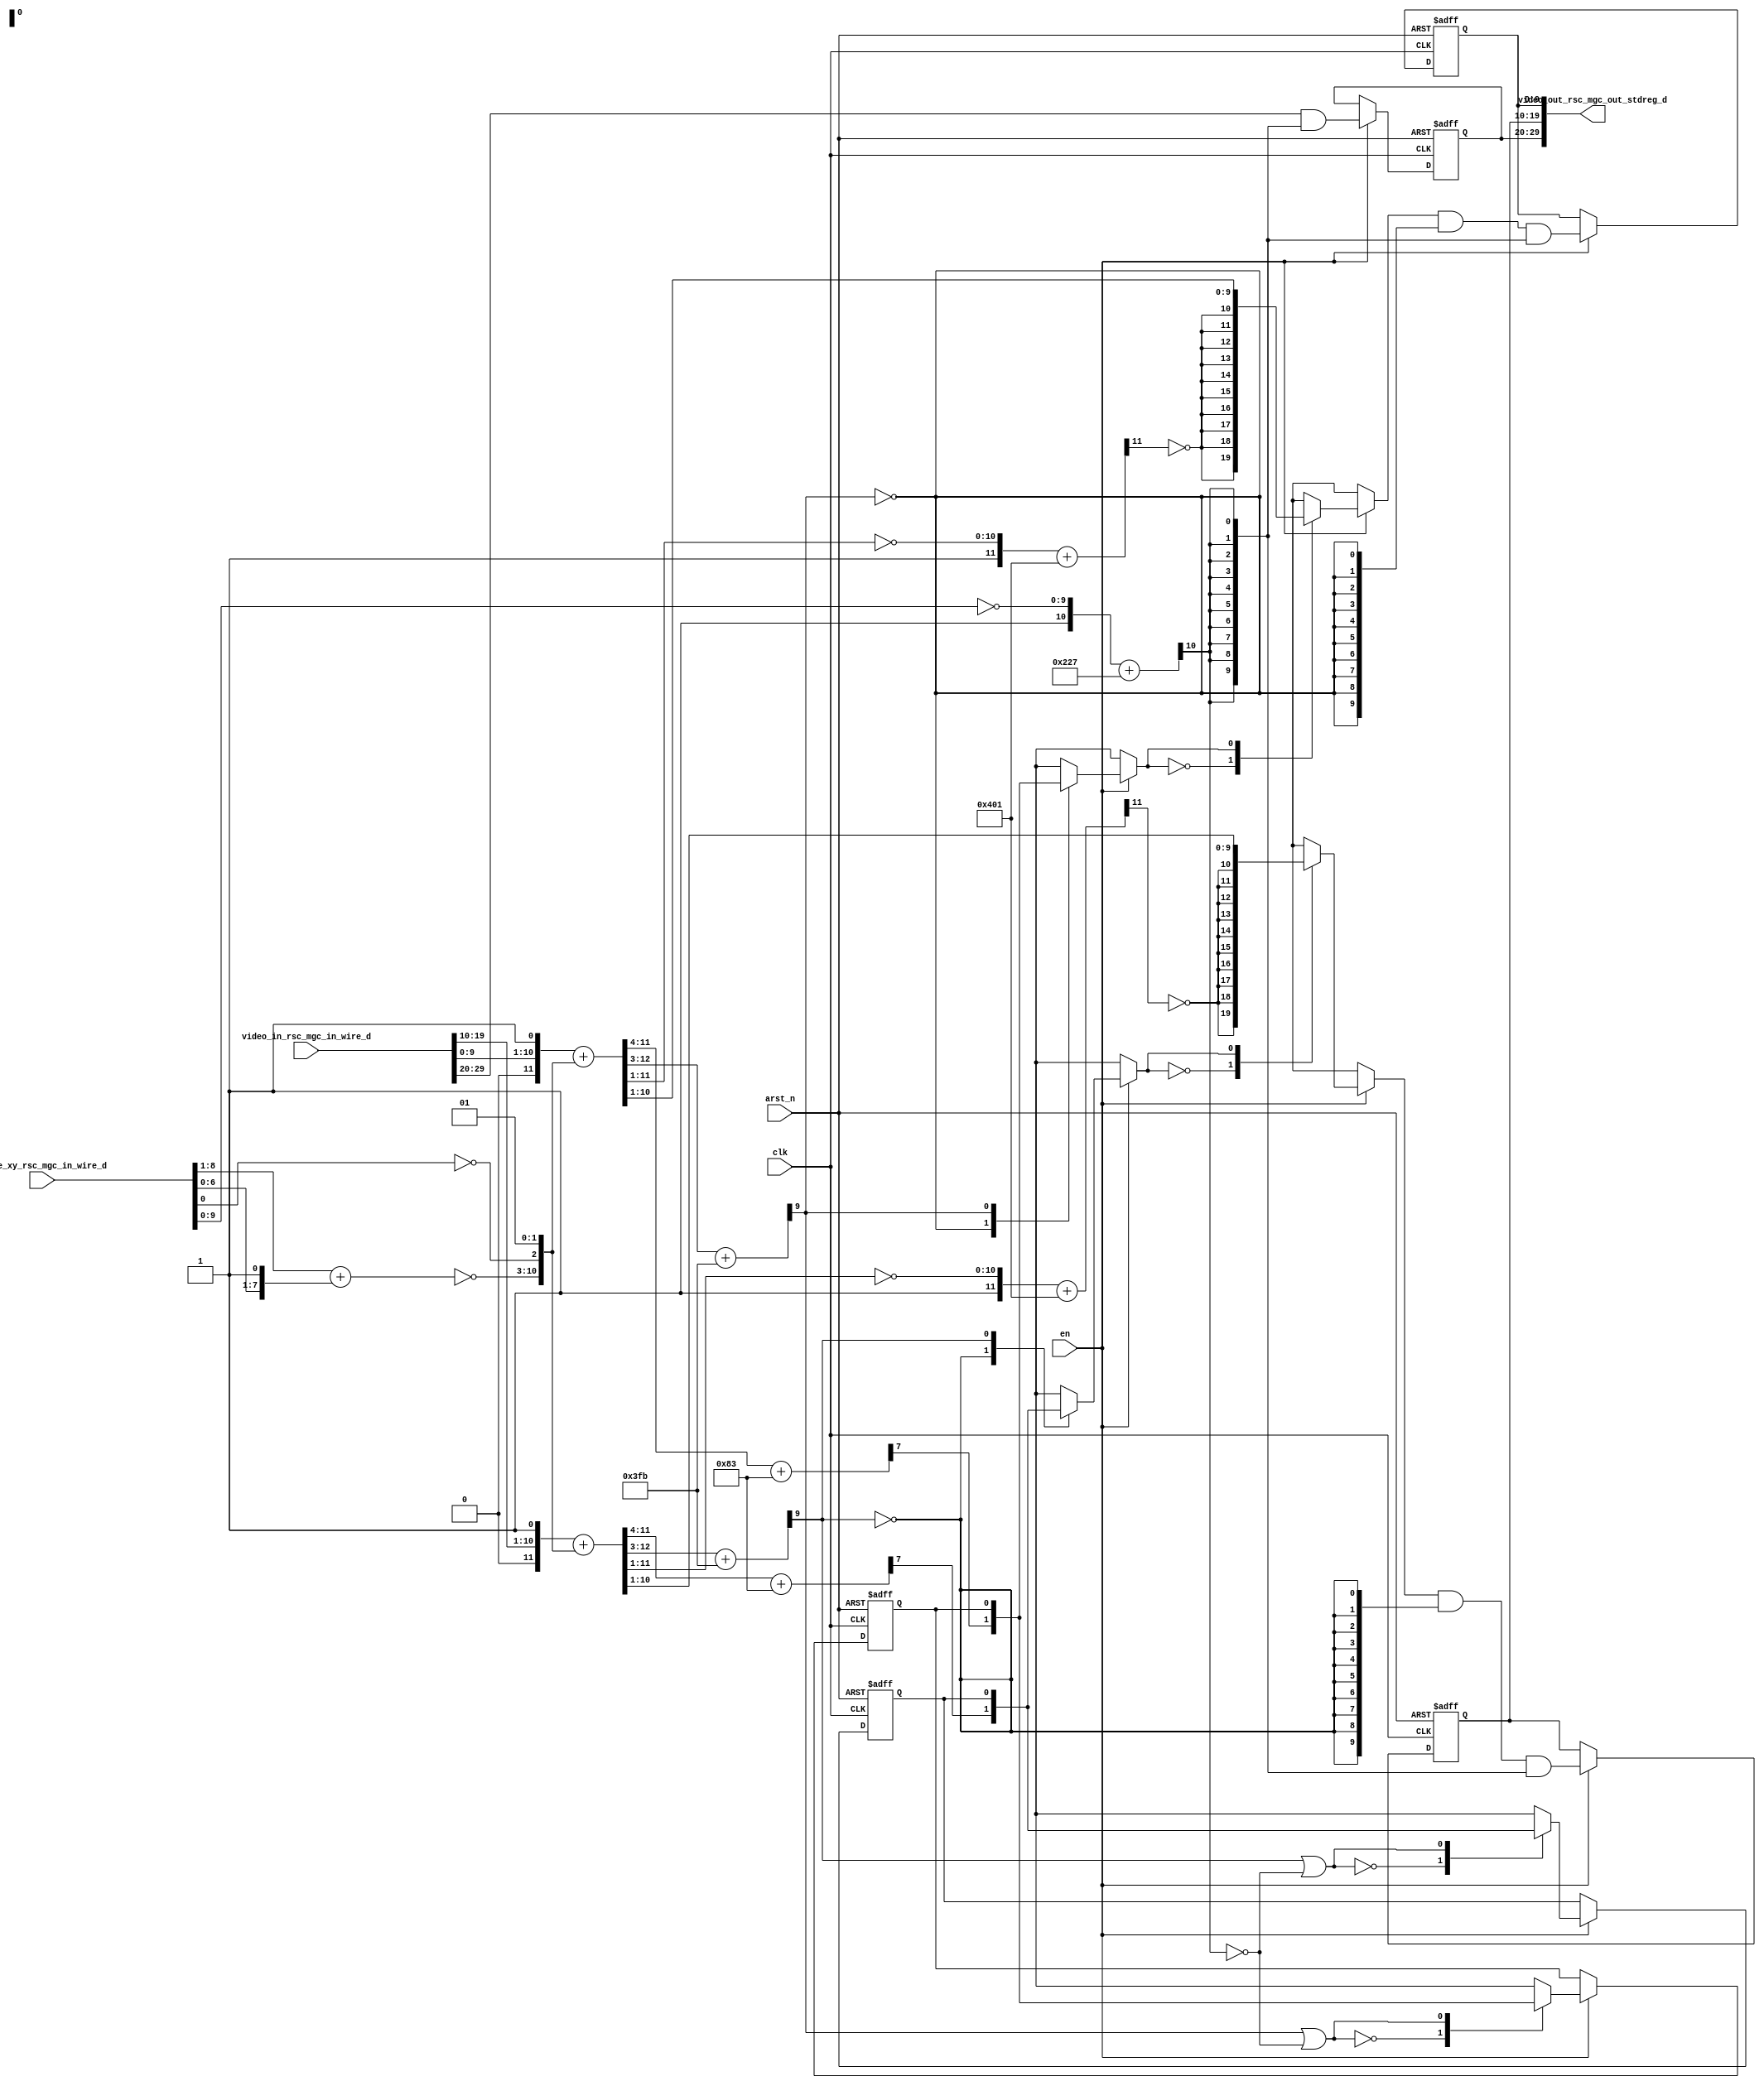
module red_tint_core (
  clk, en, arst_n, video_in_rsc_mgc_in_wire_d, video_out_rsc_mgc_out_stdreg_d, mouse_xy_rsc_mgc_in_wire_d
);
  input clk;
  input en;
  input arst_n;
  input [29:0] video_in_rsc_mgc_in_wire_d;
  output [29:0] video_out_rsc_mgc_out_stdreg_d;
  input [19:0] mouse_xy_rsc_mgc_in_wire_d;


  // Interconnect Declarations
  reg makepos_else_slc_svs;
  reg makepos_1_else_slc_svs;
  reg [9:0] reg_video_out_rsc_mgc_out_stdreg_d_tmp;
  reg [9:0] reg_video_out_rsc_mgc_out_stdreg_d_tmp_1;
  reg [9:0] reg_video_out_rsc_mgc_out_stdreg_d_tmp_2;
  wire [12:0] if_acc_2_itm;
  wire [13:0] nl_if_acc_2_itm;
  wire [12:0] if_acc_itm;
  wire [13:0] nl_if_acc_itm;
  wire [9:0] makepos_1_if_acc_itm;
  wire [10:0] nl_makepos_1_if_acc_itm;
  wire [9:0] makepos_if_acc_itm;
  wire [10:0] nl_makepos_if_acc_itm;
  wire [10:0] acc_1_itm;
  wire [11:0] nl_acc_1_itm;
  wire [8:0] makepos_else_if_acc_itm;
  wire [8:0] makepos_1_else_if_acc_itm;
  wire [7:0] acc_itm;
  wire [8:0] nl_acc_itm;


  // Interconnect Declarations for Component Instantiations 
  assign video_out_rsc_mgc_out_stdreg_d = {reg_video_out_rsc_mgc_out_stdreg_d_tmp
      , reg_video_out_rsc_mgc_out_stdreg_d_tmp_1 , reg_video_out_rsc_mgc_out_stdreg_d_tmp_2};
  assign nl_if_acc_2_itm = conv_u2s_11_13({(video_in_rsc_mgc_in_wire_d[19:10]) ,
      1'b1}) + conv_s2s_11_13({(~ acc_itm) , (~ (mouse_xy_rsc_mgc_in_wire_d[0]))
      , 2'b1});
  assign if_acc_2_itm = nl_if_acc_2_itm[12:0];
  assign makepos_else_if_acc_itm = signext_9_8((if_acc_2_itm[11:4]) + 8'b10000011);
  assign nl_if_acc_itm = conv_u2s_11_13({(video_in_rsc_mgc_in_wire_d[9:0]) , 1'b1})
      + conv_s2s_11_13({(~ acc_itm) , (~ (mouse_xy_rsc_mgc_in_wire_d[0])) , 2'b1});
  assign if_acc_itm = nl_if_acc_itm[12:0];
  assign makepos_1_else_if_acc_itm = signext_9_8((if_acc_itm[11:4]) + 8'b10000011);
  assign nl_makepos_1_if_acc_itm = (if_acc_itm[12:3]) + 10'b1111111011;
  assign makepos_1_if_acc_itm = nl_makepos_1_if_acc_itm[9:0];
  assign nl_makepos_if_acc_itm = (if_acc_2_itm[12:3]) + 10'b1111111011;
  assign makepos_if_acc_itm = nl_makepos_if_acc_itm[9:0];
  assign nl_acc_1_itm = ({1'b1 , (~ (mouse_xy_rsc_mgc_in_wire_d[9:0]))}) + 11'b1000100111;
  assign acc_1_itm = nl_acc_1_itm[10:0];
  assign nl_acc_itm = (mouse_xy_rsc_mgc_in_wire_d[8:1]) + ({(mouse_xy_rsc_mgc_in_wire_d[6:0])
      , 1'b1});
  assign acc_itm = nl_acc_itm[7:0];
  always @(posedge clk or negedge arst_n) begin
    if ( ~ arst_n ) begin
      makepos_else_slc_svs <= 1'b0;
      makepos_1_else_slc_svs <= 1'b0;
      reg_video_out_rsc_mgc_out_stdreg_d_tmp <= 10'b0;
      reg_video_out_rsc_mgc_out_stdreg_d_tmp_1 <= 10'b0;
      reg_video_out_rsc_mgc_out_stdreg_d_tmp_2 <= 10'b0;
    end
    else begin
      if ( en ) begin
        makepos_else_slc_svs <= MUX_s_1_2_2({(makepos_else_if_acc_itm[7]) , makepos_else_slc_svs},
            (makepos_if_acc_itm[9]) | (~ (acc_1_itm[10])));
        makepos_1_else_slc_svs <= MUX_s_1_2_2({(makepos_1_else_if_acc_itm[7]) , makepos_1_else_slc_svs},
            (makepos_1_if_acc_itm[9]) | (~ (acc_1_itm[10])));
        reg_video_out_rsc_mgc_out_stdreg_d_tmp <= (video_in_rsc_mgc_in_wire_d[29:20])
            & (signext_10_1(acc_1_itm[10]));
        reg_video_out_rsc_mgc_out_stdreg_d_tmp_1 <= (MUX_v_10_2_2({(signext_10_1(~
            (readslicef_12_1_11((({1'b1 , (~ (if_acc_2_itm[11:1]))}) + 12'b10000000001)))))
            , (if_acc_2_itm[10:1])}, MUX_s_1_2_2({(makepos_else_if_acc_itm[7]) ,
            makepos_else_slc_svs}, makepos_if_acc_itm[9]))) & (signext_10_1(~ (makepos_if_acc_itm[9])))
            & (signext_10_1(acc_1_itm[10]));
        reg_video_out_rsc_mgc_out_stdreg_d_tmp_2 <= (MUX_v_10_2_2({(signext_10_1(~
            (readslicef_12_1_11((({1'b1 , (~ (if_acc_itm[11:1]))}) + 12'b10000000001)))))
            , (if_acc_itm[10:1])}, MUX_s_1_2_2({(makepos_1_else_if_acc_itm[7]) ,
            makepos_1_else_slc_svs}, makepos_1_if_acc_itm[9]))) & (signext_10_1(~
            (makepos_1_if_acc_itm[9]))) & (signext_10_1(acc_1_itm[10]));
      end
    end
  end

  function [8:0] signext_9_8;
    input [7:0] vector;
  begin
    signext_9_8= {{1{vector[7]}}, vector};
  end
  endfunction


  function [0:0] MUX_s_1_2_2;
    input [1:0] inputs;
    input [0:0] sel;
    reg [0:0] result;
  begin
    case (sel)
      1'b0 : begin
        result = inputs[1:1];
      end
      1'b1 : begin
        result = inputs[0:0];
      end
      default : begin
        result = inputs[1:1];
      end
    endcase
    MUX_s_1_2_2 = result;
  end
  endfunction


  function [9:0] signext_10_1;
    input [0:0] vector;
  begin
    signext_10_1= {{9{vector[0]}}, vector};
  end
  endfunction


  function [9:0] MUX_v_10_2_2;
    input [19:0] inputs;
    input [0:0] sel;
    reg [9:0] result;
  begin
    case (sel)
      1'b0 : begin
        result = inputs[19:10];
      end
      1'b1 : begin
        result = inputs[9:0];
      end
      default : begin
        result = inputs[19:10];
      end
    endcase
    MUX_v_10_2_2 = result;
  end
  endfunction


  function [0:0] readslicef_12_1_11;
    input [11:0] vector;
    reg [11:0] tmp;
  begin
    tmp = vector >> 11;
    readslicef_12_1_11 = tmp[0:0];
  end
  endfunction


  function signed [12:0] conv_u2s_11_13 ;
    input [10:0]  vector ;
  begin
    conv_u2s_11_13 = {{2{1'b0}}, vector};
  end
  endfunction


  function signed [12:0] conv_s2s_11_13 ;
    input signed [10:0]  vector ;
  begin
    conv_s2s_11_13 = {{2{vector[10]}}, vector};
  end
  endfunction

endmodule
module red_tint (
  video_in_rsc_z, video_out_rsc_z, mouse_xy_rsc_z, clk, en, arst_n
);
  input [29:0] video_in_rsc_z;
  output [29:0] video_out_rsc_z;
  input [19:0] mouse_xy_rsc_z;
  input clk;
  input en;
  input arst_n;


  // Interconnect Declarations
  wire [29:0] video_in_rsc_mgc_in_wire_d;
  wire [29:0] video_out_rsc_mgc_out_stdreg_d;
  wire [19:0] mouse_xy_rsc_mgc_in_wire_d;


  // Interconnect Declarations for Component Instantiations 
  mgc_in_wire #(.rscid(1),
  .width(30)) video_in_rsc_mgc_in_wire (
      .d(video_in_rsc_mgc_in_wire_d),
      .z(video_in_rsc_z)
    );
  mgc_out_stdreg #(.rscid(2),
  .width(30)) video_out_rsc_mgc_out_stdreg (
      .d(video_out_rsc_mgc_out_stdreg_d),
      .z(video_out_rsc_z)
    );
  mgc_in_wire #(.rscid(3),
  .width(20)) mouse_xy_rsc_mgc_in_wire (
      .d(mouse_xy_rsc_mgc_in_wire_d),
      .z(mouse_xy_rsc_z)
    );
  red_tint_core red_tint_core_inst (
      .clk(clk),
      .en(en),
      .arst_n(arst_n),
      .video_in_rsc_mgc_in_wire_d(video_in_rsc_mgc_in_wire_d),
      .video_out_rsc_mgc_out_stdreg_d(video_out_rsc_mgc_out_stdreg_d),
      .mouse_xy_rsc_mgc_in_wire_d(mouse_xy_rsc_mgc_in_wire_d)
    );
endmodule